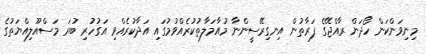
މިނިވަންކަން ހޯދަން ރާއްޖޭގެ ފަރާތުން އިނގިރޭސީންނާ މުއާމަލާތުކުރެއްވުމުގައި އަދާކުރެއްވި އަގުހުރި ބުރަ މަސްއޫލިއްޔަތުގެ